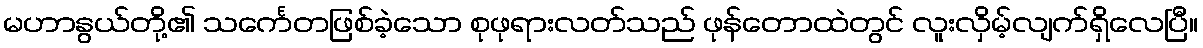
မဟာနွယ်တို့၏ သင်္ကေတဖြစ်ခဲ့သော စုဖုရားလတ်သည် ဖုန်တောထဲတွင် လူးလှိမ့်လျက်ရှိလေပြီ။